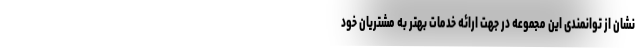
نشان از توانمندی این مجموعه در جهت ارائه خدمات بهتر به مشتریان خود